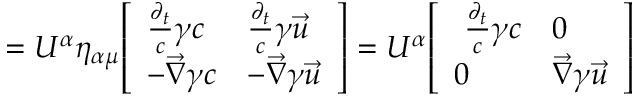
= U ^ { \alpha } \eta _ { \alpha \mu } { \left[ \begin{array} { l l } { { \frac { \partial _ { t } } { c } } \gamma c } & { { \frac { \partial _ { t } } { c } } \gamma { \vec { u } } } \\ { - { \vec { \nabla } } \gamma c } & { - { \vec { \nabla } } \gamma { \vec { u } } } \end{array} \right] } = U ^ { \alpha } { \left[ \begin{array} { l l } { \ { \frac { \partial _ { t } } { c } } \gamma c } & { 0 } \\ { 0 } & { { \vec { \nabla } } \gamma { \vec { u } } } \end{array} \right] }